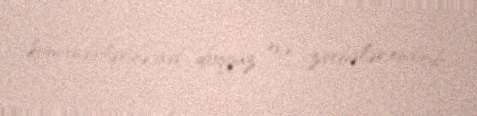
komandirlərinə aid doqquz evə zərbələr endirib.